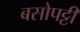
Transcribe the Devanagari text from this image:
बसोपट्टी